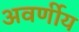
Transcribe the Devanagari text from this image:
अवर्णीय